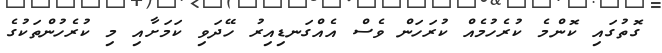
ގޮތުގައި ކޮންމެ ކުރެހުމެއް ކުރަހަން ވެސް އެއްގަނޑިއިރު ހޭދަވި ކަމަށާއި މި ކުރެހުންތަކުގެ